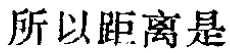
所以距离是